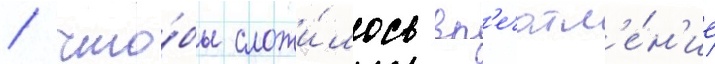
/ что́бы сложи́лось вп'ечатл'е́н'ие